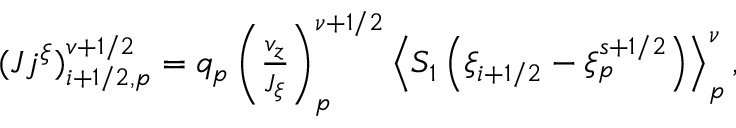
\begin{array} { r } { ( J j ^ { \xi } ) _ { i + 1 / 2 , p } ^ { v + 1 / 2 } = q _ { p } \left( \frac { v _ { z } } { J _ { \xi } } \right) _ { p } ^ { \nu + 1 / 2 } \left\langle { S _ { 1 } } \left( { \xi } _ { i + 1 / 2 } - { \xi } _ { p } ^ { s + 1 / 2 } \right) \right\rangle _ { p } ^ { \nu } , } \end{array}